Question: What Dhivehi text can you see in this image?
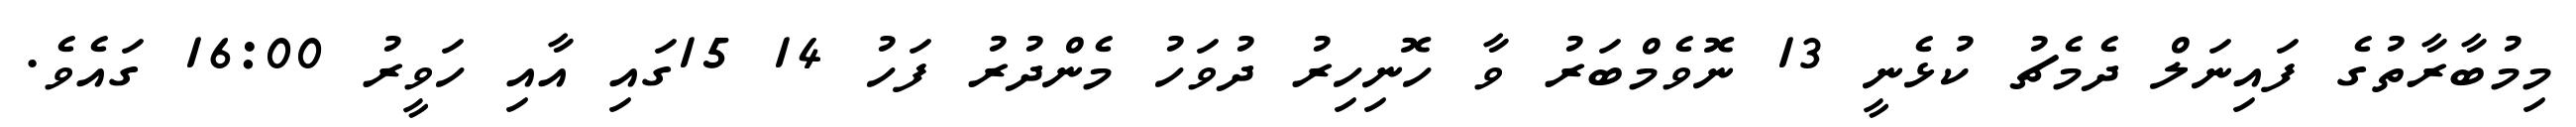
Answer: މިމުބާރާތުގެ ފައިނަލް ދެމެޗު ކުޅެނީ 13 ނޮވެމްބަރު ވާ ހޮނިހިރު ދުވަހު މެންދުރު ފަހު 14 15ގައި އާއި ހަވީރު 16:00 ގައެވެ.